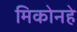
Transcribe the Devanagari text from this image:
मिकोनहे